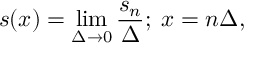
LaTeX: s ( x ) = \operatorname * { l i m } _ { \Delta \rightarrow 0 } \frac { s _ { n } } { \Delta } ; \; x = n \Delta ,